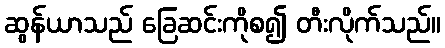
ဆွန်ယာသည် ခြေဆင်းကိုစ၍ တီးလိုက်သည်။